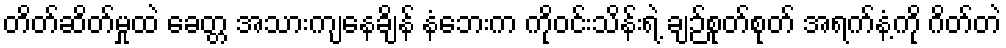
တိတ်ဆိတ်မှုထဲ ခေတ္တ အသားကျနေချိန် နံဘေးက ကိုဝင်းသိန်းရဲ့ ချဉ်စုတ်စုတ် အရက်နံ့ကို ဂိတ်တဲ